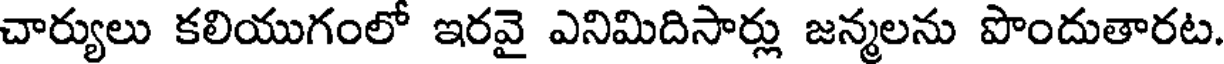
చార్యులు కలియుగంలో ఇరవై ఎనిమిదిసార్లు జన్మలను పొందుతారట.